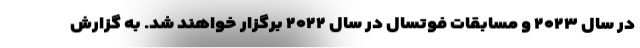
در سال ۲۰۲۳ و مسابقات فوتسال در سال ۲۰۲۲ برگزار خواهند شد. به گزارش